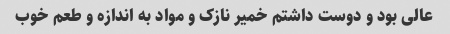
عالی بود و دوست داشتم خمیر نازک و مواد به اندازه و طعم خوب